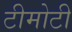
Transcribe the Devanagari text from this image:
टीमोटी